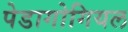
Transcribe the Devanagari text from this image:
पेडागोगियल